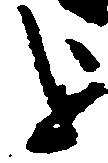
を